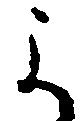
よ